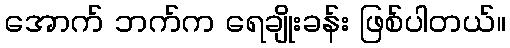
အောက် ဘက်က ရေချိုးခန်း ဖြစ်ပါတယ်။